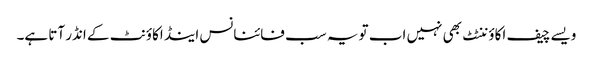
ویسے چیف اکاؤننٹٹ بھی نہیں اب تو یہ سب فائنانس اینڈ اکاؤنٹ کے انڈر آتا ہے۔